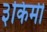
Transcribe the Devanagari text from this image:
३किमी